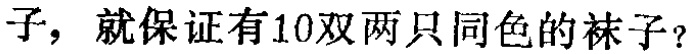
子，就保证有10双两只同色的袜子？